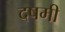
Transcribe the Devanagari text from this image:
दषमी